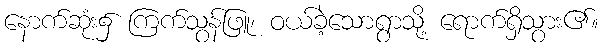
နောက်ဆုံး၌ ကြက်သွန်ဖြူ၊ ဝယ်ခဲ့သောရွာသို့ ရောက်ရှိသွား၏။